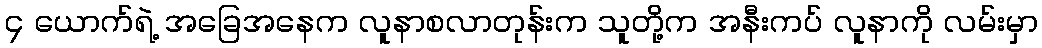
၄ ယောက်ရဲ့ အခြေအနေက လူနာစလာတုန်းက သူတို့က အနီးကပ် လူနာကို လမ်းမှာ